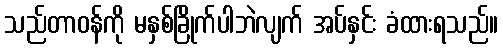
သည်တာဝန်ကို မနှစ်ခြိုက်ပါဘဲလျက် အပ်နှင်း ခံထားရသည်။